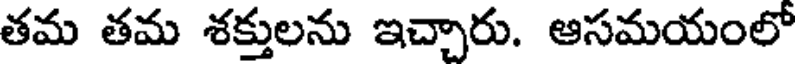
తమ తమ శక్తులను ఇచ్చారు. ఆసమయంలో